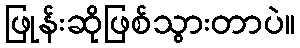
ဖြုန်းဆိုဖြစ်သွားတာပဲ။